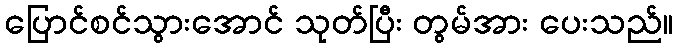
ပြောင်စင်သွားအောင် သုတ်ပြီး တွမ်အား ပေးသည်။